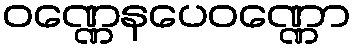
ဝဏ္ဏေနပေဝဏ္ဏော